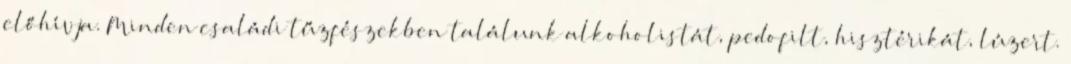
előhívja. Minden családi tűzfészekben találunk alkoholistát, pedofilt, hisztérikát, lúzert.